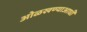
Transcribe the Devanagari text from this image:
ओळखण्याआधी